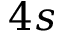
4 s